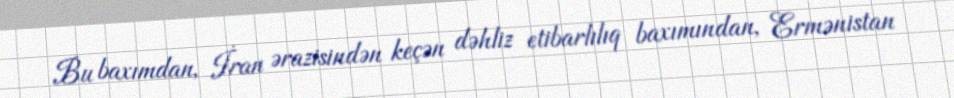
Bu baxımdan, İran ərazisindən keçən dəhliz etibarlılıq baxımından, Ermənistan